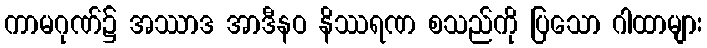
ကာမဂုဏ်၌ အဿာဒ အာဒီနဝ နိဿရဏ စသည်ကို ပြသော ဂါထာများ